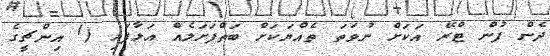
ދެން ފުން ޓްރޭ އަކަށް ނުވަތަ ތެއްޔަކަށް ބަތްފަށަލެއް އަޅާފައި (1 އިންޗީގެ